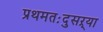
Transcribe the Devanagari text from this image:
प्रथमतःदुसऱ्या